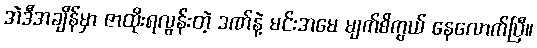
အဲဒီအချိန်မှာ ဇာထိုးရလွန်းတဲ့ ဒဏ်နဲ့ မင်းအမေ မျက်စိကွယ် နေလောက်ပြီ။